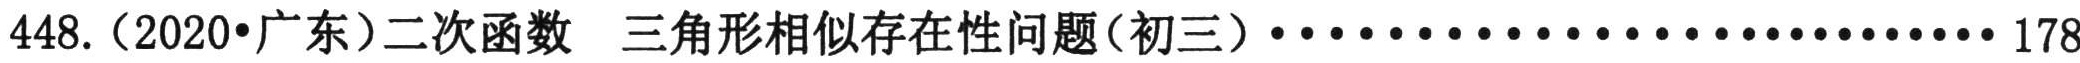
448.（2020•广东）二次函数  三角形相似存在性问题（初三）·····················178